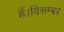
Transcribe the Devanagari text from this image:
हैं।दिसम्बर